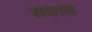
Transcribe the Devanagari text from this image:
सधाव